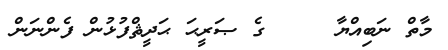
މާތް ނަބިއްޔާ     ގެ ޞަރީޙަ ޙަދީޘްފުޅުން ފެންނަން